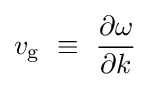
v_{\rm {g}}\ \equiv \ {\frac {\partial \omega }{\partial k}}